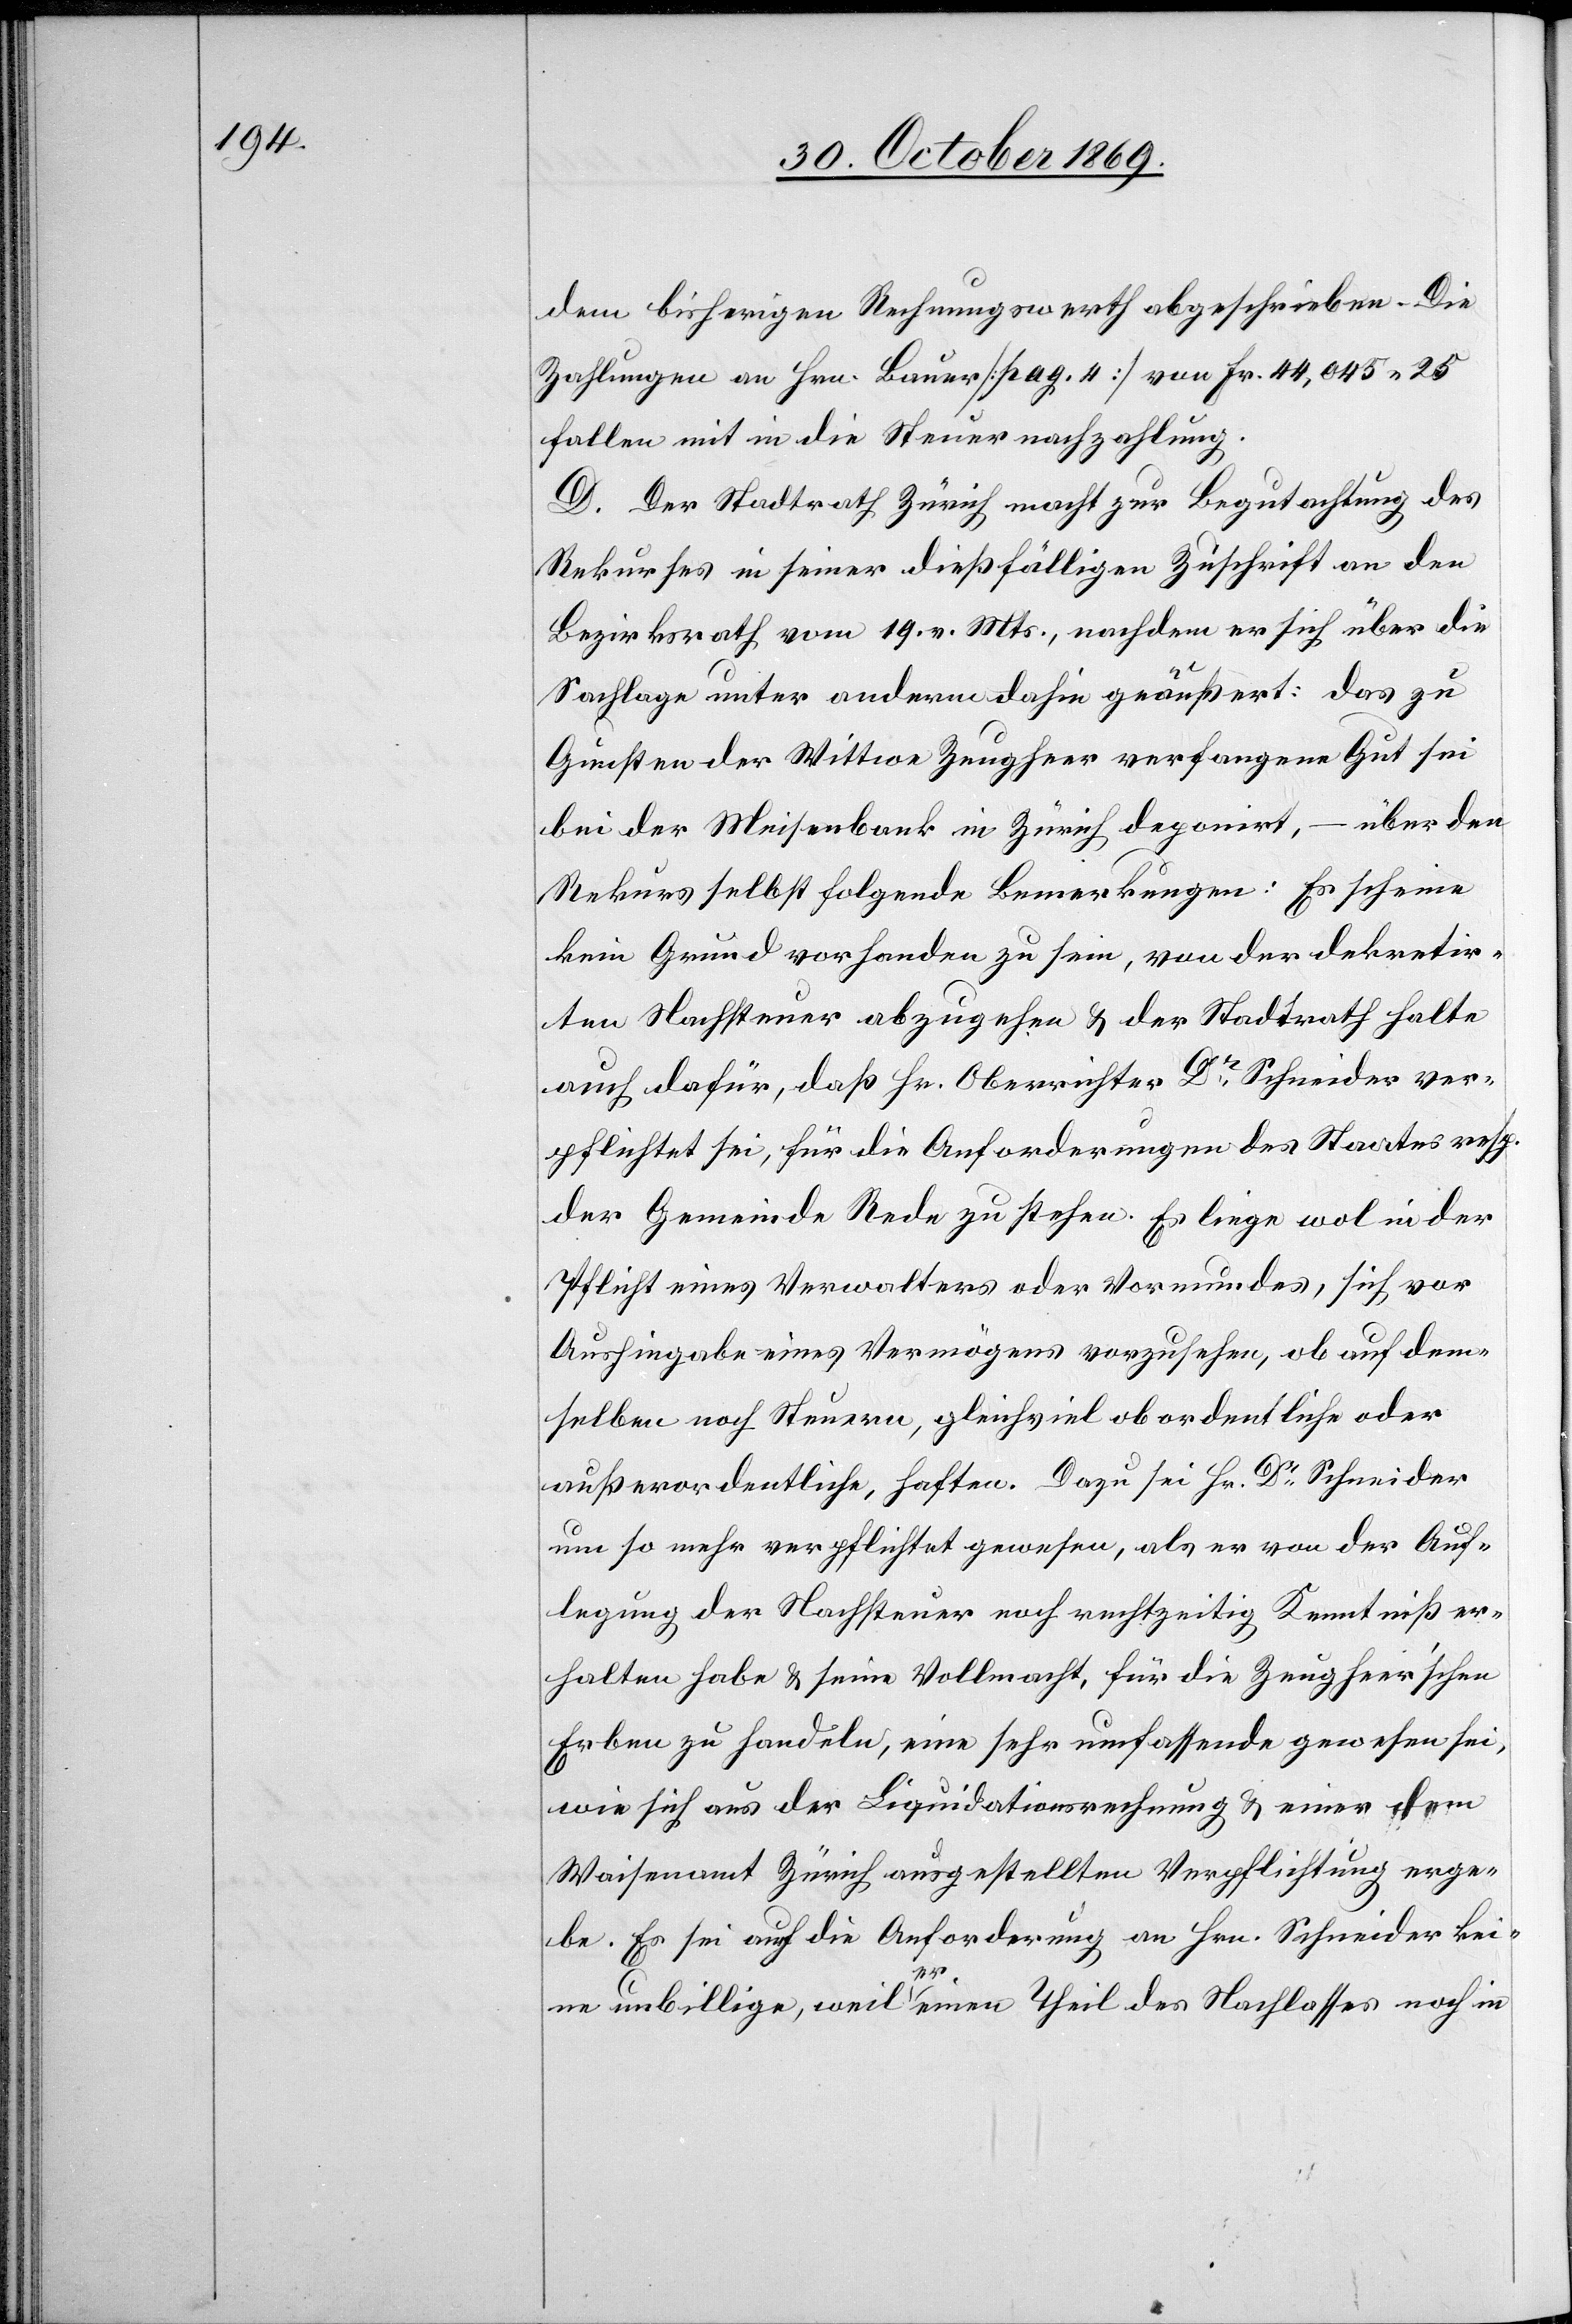
dem bisherigen Rechnungswerth abgeschrieben. Die
Zahlungen an Hrn. Bauer [pag. 4] von Fr. 44,045.25
fallen mit in die Steuernachzahlung.
D. Der Stadtrath Zürich macht zur Begutachtung des
Rekurses in seiner dießfälligen Zuschrift an den
Bezirksrath vom 19. v. Mts., nachdem er sich über die
Sachlage unter anderm dahin geäußert: das zu
Gunsten der Wittwe Zeugheer verfangene Gut sei
bei der Meisenbank in Zürich deponirt, – über den
Rekurs selbst folgende Bemerkungen: Es scheine
kein Grund vorhanden zu sein, von der dekretir¬
ten Nachsteuer abzugehen & der Stadtrath halte
auch dafür, daß Hr. Oberrichter Dr Schneider ver¬
pflichtet sei, für die Anforderungen des Staates resp.
der Gemeinde Rede zu stehen. Es liege wol in der
Pflicht eines Verwalters oder Vormundes, sich vor
Aushingabe eines Vermögens vorzusehen, ob auf dem¬
selben noch Steuern, gleichviel ob ordentliche oder
außerordentliche, haften. Dazu sei Hr. Dr Schneider
um so mehr verpflichtet gewesen, als er von der Auf¬
legung der Nachsteuer noch rechtzeitig Kenntniß er¬
halten habe & seine Vollmacht, für die Zeugheer’schen
Erben zu handeln, eine sehr umfassende gewesen sei,
wie sich aus der Liquidationsrechnung & einer dem
Waisenamt Zürich ausgestellten Verpflichtung erge¬
be. Es sei auch die Anforderung an Hrn. Schneider kei¬
ne unbillige, weil er einen Theil des Nachlasses noch in